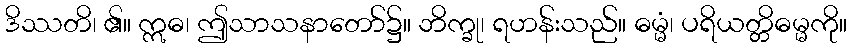
ဒိဿတိ၊ ၏။ ဣဓ၊ ဤသာသနာတော်၌။ ဘိက္ခု၊ ရဟန်းသည်။ ဓမ္မံ၊ ပရိယတ္တိဓမ္မကို။